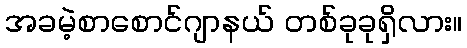
အခမဲ့စာစောင်ဂျာနယ် တစ်ခုခုရှိလား။